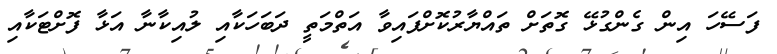
ފަސޭހަ އިން ގެންގުޅޭ ގޮތަށް ތައްޔާރުކޮށްފައިވާ އަތްމަތީ ދަބަހަކާއި ލުއިކާނާ އަޅާ ފޮށްޓަކާއި